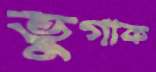
ভুগাক